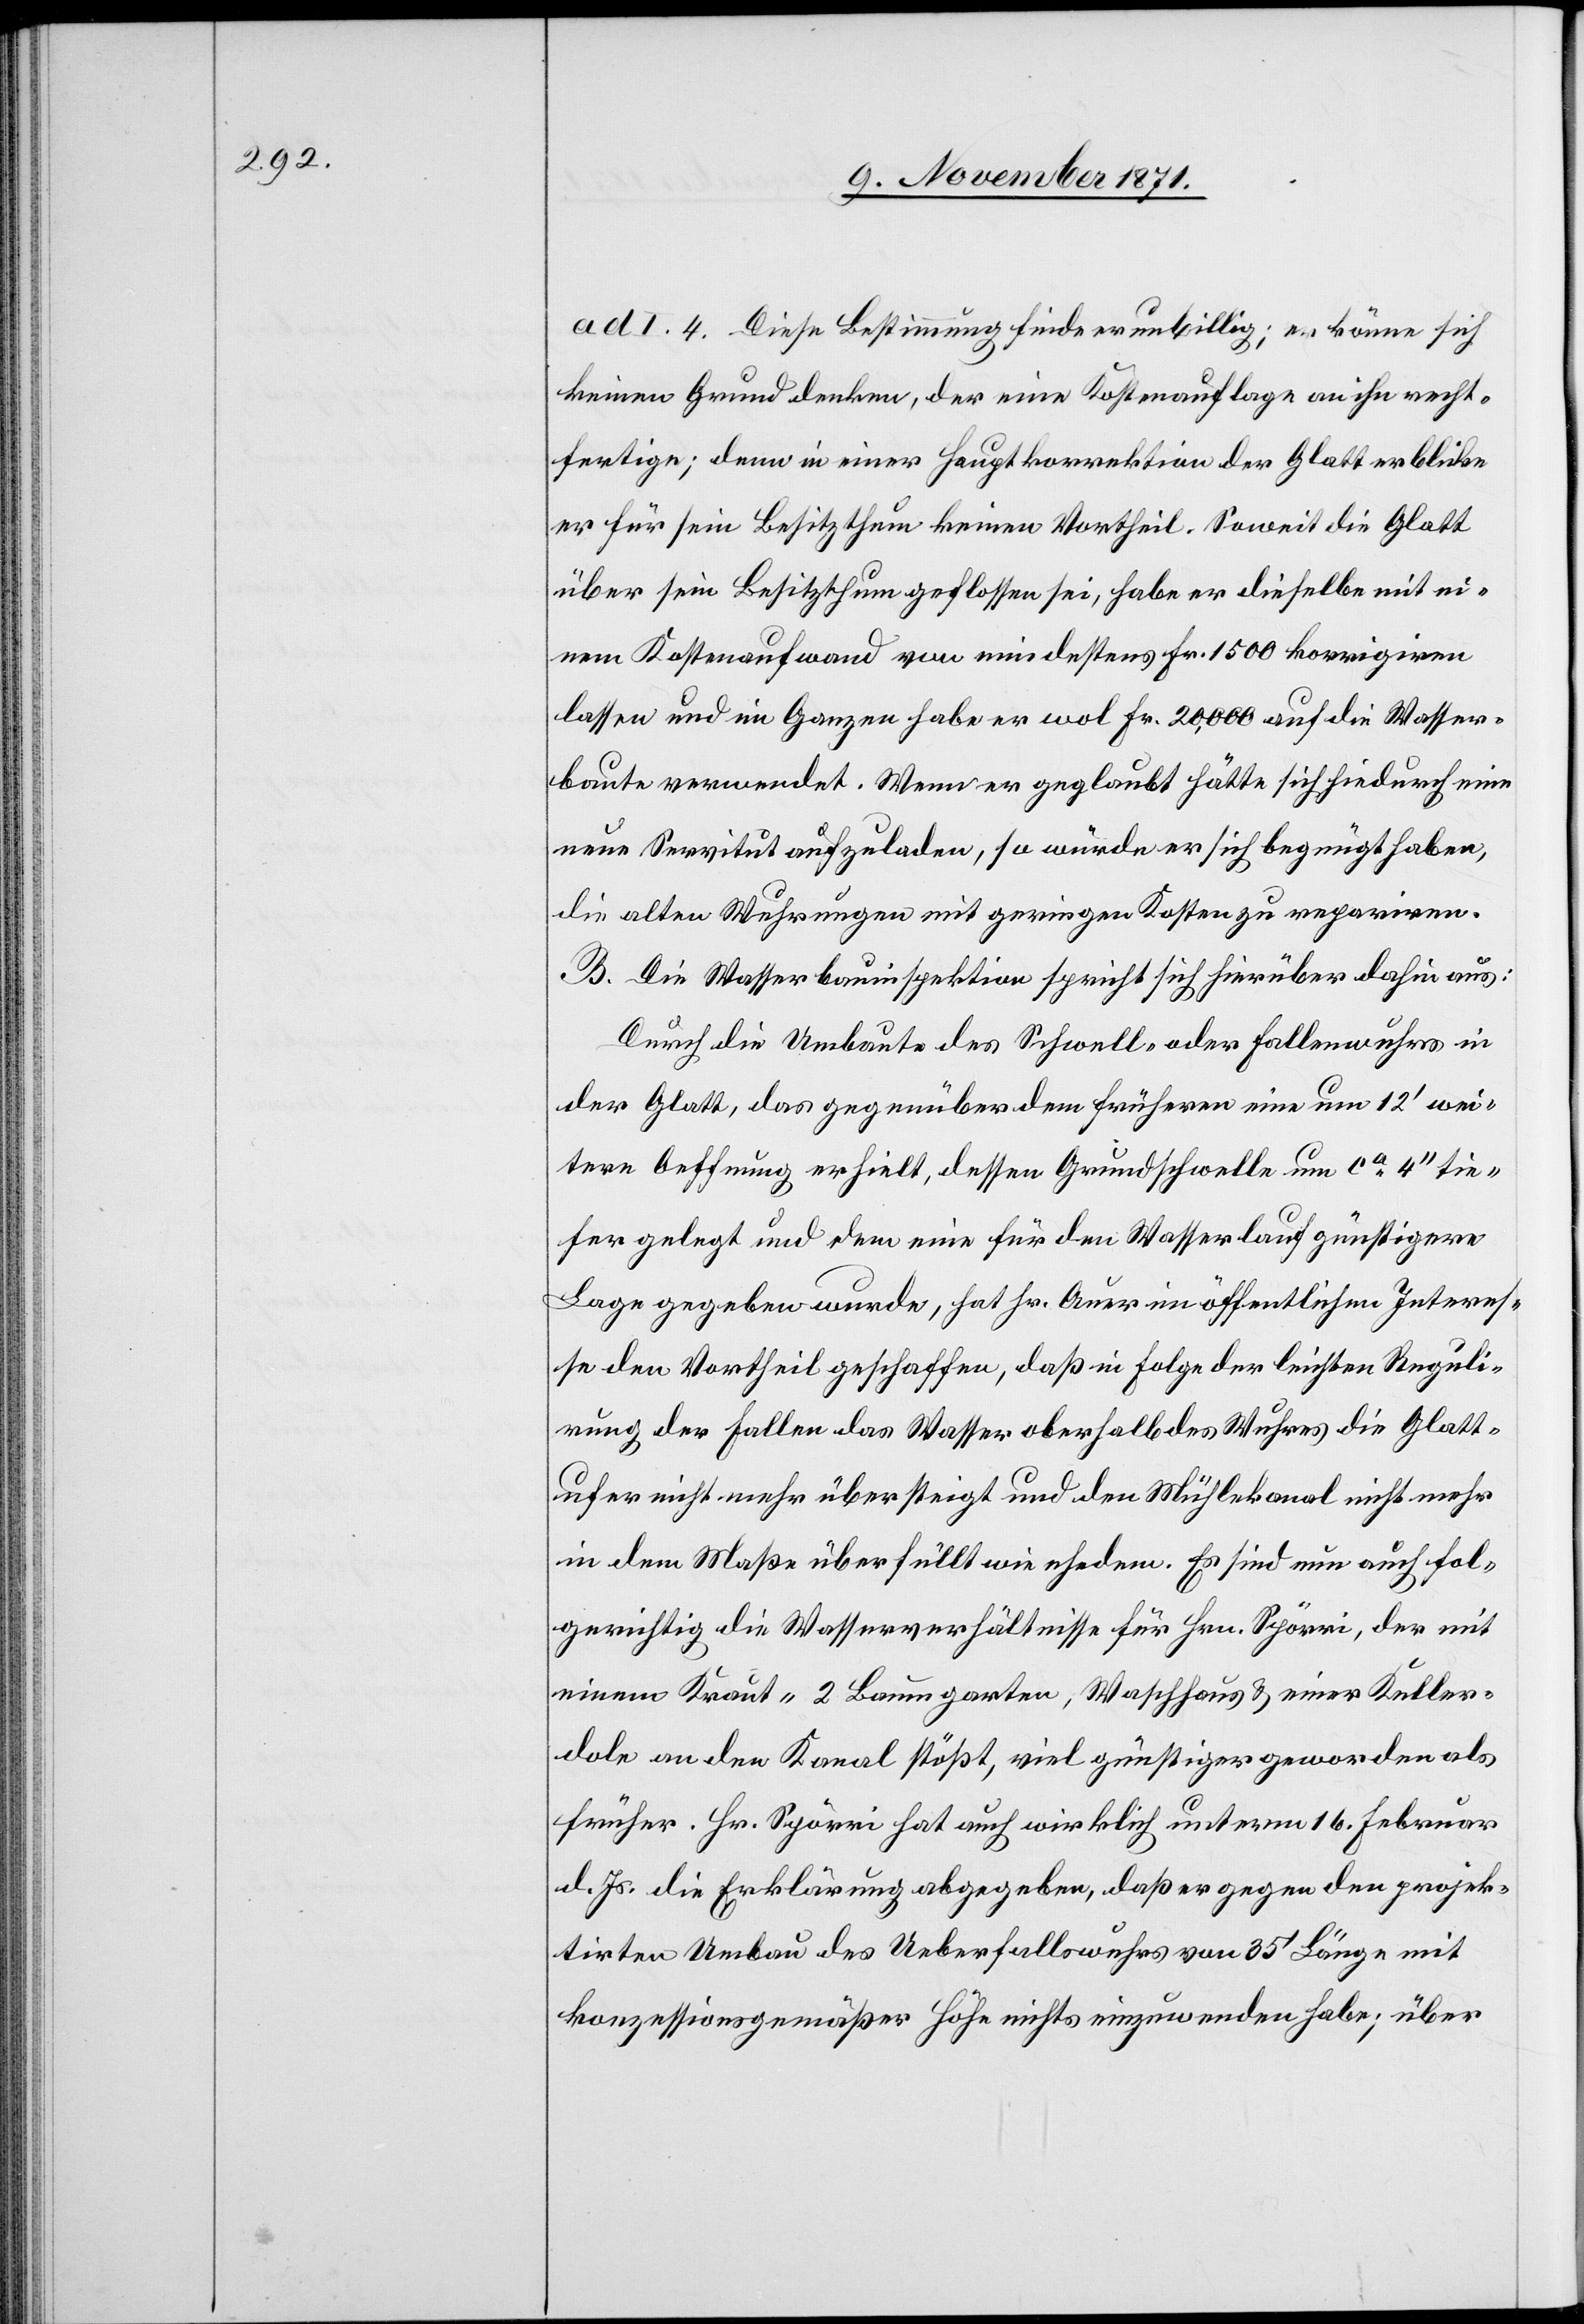
ad I. 4. Diese Bestimmung finde er unbillig; er könne sich
keinen Grund denken, der eine Kostenauflage an ihn recht¬
fertige; denn in einer Hauptkorrektion der Glatt erblicke
er für sein Besitzthum keinen Vortheil. Soweit die Glatt
über sein Besitzthum geflossen sei, habe er dieselbe mit ei¬
nem Kostenaufwand von mindestens Fr. 1500 korrigiren
lassen und im Ganzen habe er wol Fr. 20,000 auf die Wasser¬
baute verwendet. Wenn er geglaubt hätte sich hiedurch eine
neue Servitut aufzuladen, so würde er sich begnügt haben,
die alten Wuhrungen mit geringen Kosten zu repariren.
B. Die Wasserbauinspektion spricht sich hierüber dahin aus:
Durch die Umbaute des Schwell- oder Fallenwuhrs in
der Glatt, das gegenüber dem früheren eine um 12’ wei¬
tere Oeffnung erhielt, dessen Grundschwelle um ca 4’’ tie¬
fer gelegt und dem eine für den Wasserlauf günstigere
Lage gegeben wurde, hat Hr. Auer im öffentlichen Interes¬
se den Vortheil geschaffen, daß in Folge der leichten Reguli¬
rung der Fallen das Wasser oberhalb des Wuhres die Glatt¬
ufer nicht mehr übersteigt und den Mühlekanal nicht mehr
in dem Maße überfüllt wie ehedem. Es sind nun auch fol¬
gerichtig die Wasserverhältnisse für Hrn. Spörri, der mit
einem Kraut-[,] 2 Baumgarten, Waschhaus & einer Keller¬
dole an den Kanal stößt, viel günstiger geworden als
früher. Hr. Spörri hat auch wirklich unterm 16. Februar
d. Js. die Erklärung abgegeben, daß er gegen den projek¬
tirten Umbau des Ueberfallswuhrs von 35’ Länge mit
konzessionsgemäßer Höhe nichts einzuwenden habe; über